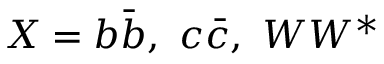
X = b \bar { b } , \ c \bar { c } , \ W W ^ { * }